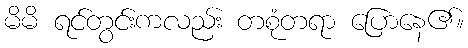
မိမိ ရင်တွင်းကလည်း တစုံတရာ ပြောနေ၏။